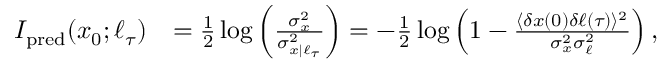
\begin{array} { r l } { I _ { \mathrm { p r e d } } ( x _ { 0 } ; \ell _ { \tau } ) } & { = \frac { 1 } { 2 } \log \left( \frac { \sigma _ { x } ^ { 2 } } { \sigma _ { x | \ell _ { \tau } } ^ { 2 } } \right) = - \frac { 1 } { 2 } \log \left( 1 - \frac { \langle \delta x ( 0 ) \delta \ell ( \tau ) \rangle ^ { 2 } } { \sigma _ { x } ^ { 2 } \sigma _ { \ell } ^ { 2 } } \right) , } \end{array}